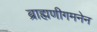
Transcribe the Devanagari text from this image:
ब्राह्मणीगमनेन